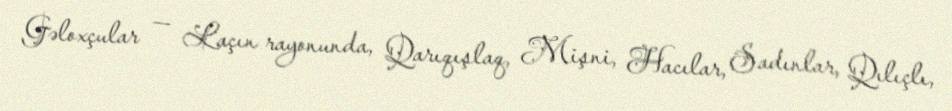
Gəloxçular — Laçın rayonunda, Qarıqışlaq, Mişni, Hacılar, Sadınlar, Qılıçlı,